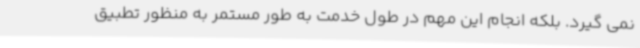
نمی گیرد. بلکه انجام این مهم در طول خدمت به طور مستمر به منظور تطبیق